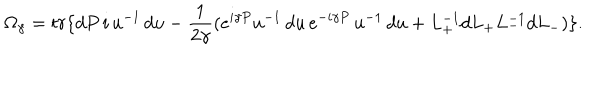
\Omega _ { \gamma } = t r \{ d P \, i \, u ^ { - 1 } \, d u - \frac { 1 } { 2 \gamma } ( e ^ { i \gamma P } u ^ { - 1 } \, d u \, e ^ { - i \gamma P } \, u ^ { - 1 } \, d u + L _ { + } ^ { - 1 } d L _ { + } L _ { - } ^ { - 1 } d L _ { - } ) \} .